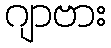
ဂျာဗား